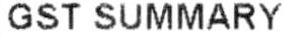
GST SUMMARY